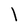
Character: l